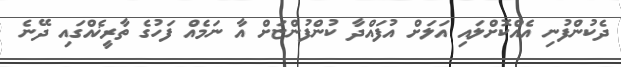
ދެކުންފުނި އެއްކޮށްލައި އަލަށް އުފައްދާ ކުންފުންޏަށް އާ ނަމެއް ފަހުގެ ތާރީޚެއްގައި ދޭނެ